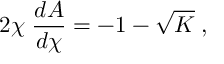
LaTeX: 2 \chi \; \frac { d A } { d \chi } = - 1 - \sqrt { K } \; ,